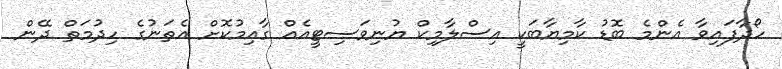
ހޯދާފައިވާ އެންމެ ބޮޑު ކާމިޔާބަކީ އިސްލާމިކް ޔުނިވަސިޓީއެއް ގާއިމުކޮށް އެތަނުގެ ހިދުމަތް ދޭން